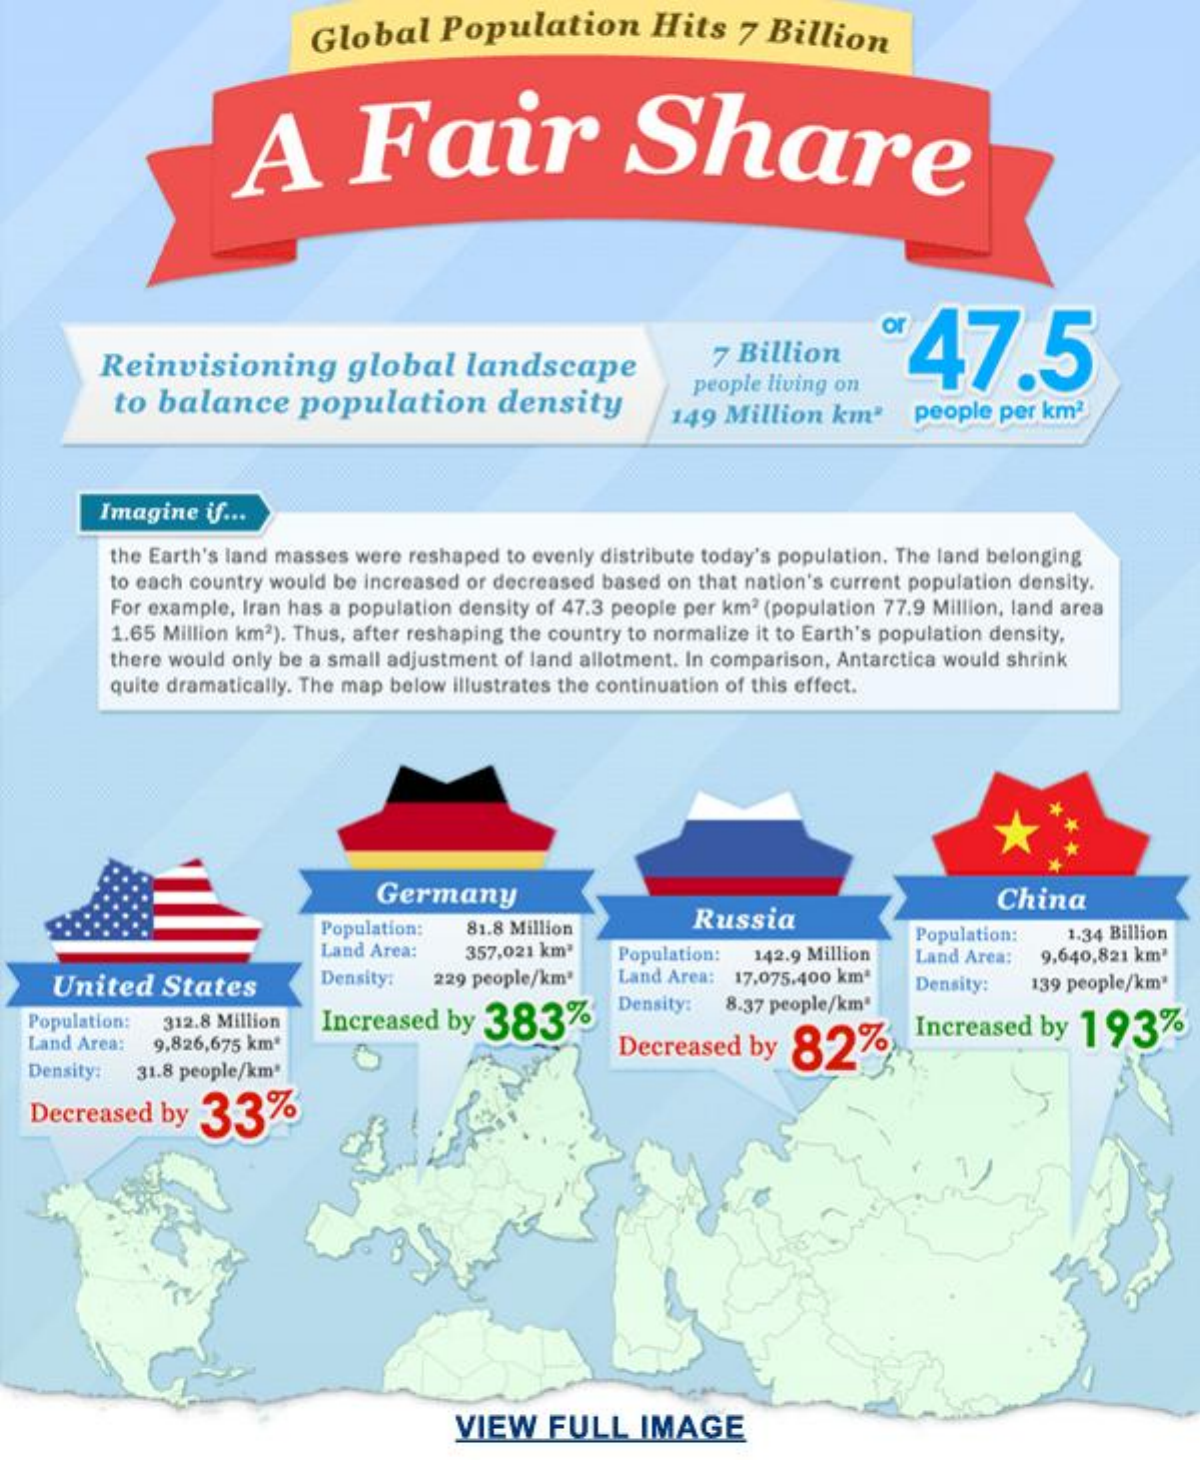
Global    Population    Hits   7  Billion
     A    Fair    Share
     of
     47.5 Reinvisioning global landscape 7 Billion
     to  balance    population    density
     people living on
     149 Million   km2    people  per km2
     Imagine  if ...
     the Earth's land masses were reshaped to evenly distribute today's population. The land belonging
     to each country would be increased or decreased based on that nation's current population density.
     For example, Iran has a population density of 47.3 people per km2 (population 77.9 Million, land area
     1.65 Million km2). Thus, after reshaping the country to normalize it to Earth's population density,
     there would only be a small adjustment of land allotment. In comparison, Antarctica would shrink
     quite dramatically. The map below illustrates the continuation of this effect.
     Germany
     Population:
     Russia
     China
     81.8 Million
     Land Area:   357,021 kmª
     Population:   1.34 Billion
     Population: 142.9 Million Land Area: 9,640,821 kmª
     United    States    Density:  229 people/kmª  Land Area: 17,075.400 kmª Density:   139 people/km*
   Population: 312.8 Million Increased  by  383%
     Density: 8.37 people/km"
   Land Area: 9,826,675 km*    Decreased   by  82%    Increased  by  193%
   Density: 31.8 people/km*
   Decreased  by   33%
     VIEW    FULL    IMAGE